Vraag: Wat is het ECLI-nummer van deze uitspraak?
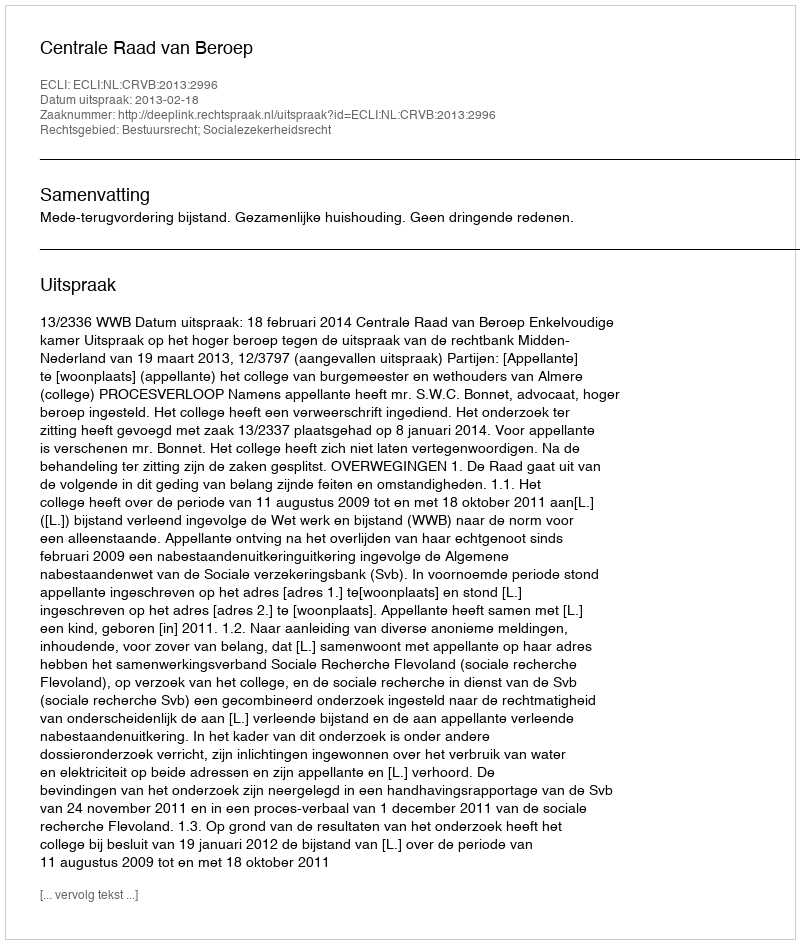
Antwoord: ECLI:NL:CRVB:2013:2996